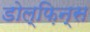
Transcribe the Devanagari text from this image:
डोल्फ़िन्स